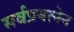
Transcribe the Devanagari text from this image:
सर्वप्रयत्नेन